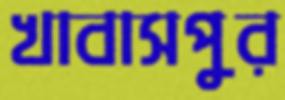
খাবাসপুর